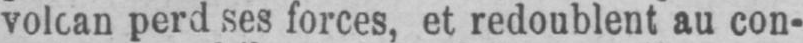
perd ses forces, et redoublent au con-